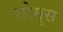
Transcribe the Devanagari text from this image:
थोमूस